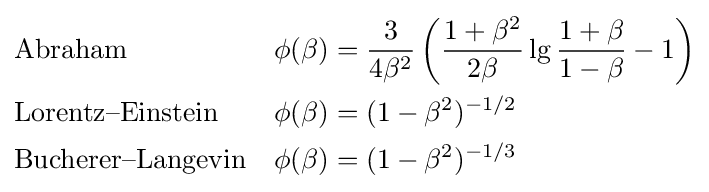
{\begin{aligned}&{\text{Abraham}}&\phi (\beta )&={\frac {3}{4\beta ^{2}}}\left({\frac {1+\beta ^{2}}{2\beta }}\lg {\frac {1+\beta }{1-\beta }}-1\right)\\&{\text{Lorentz–Einstein}}&\phi (\beta )&=(1-\beta ^{2})^{-1/2}\\&{\text{Bucherer–Langevin}}&\phi (\beta )&=(1-\beta ^{2})^{-1/3}\end{aligned}}